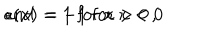
\: \epsilon ( x ) = 1 \; \mathrm { f o r } \: x > 0 \, , \hspace { 0 . 2 c m } \mathrm { a n d } \: = - 1 \; \mathrm { f o r } \: x < 0 \: